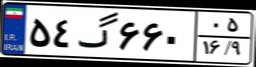
۵۴گ۶۶۰۰۵